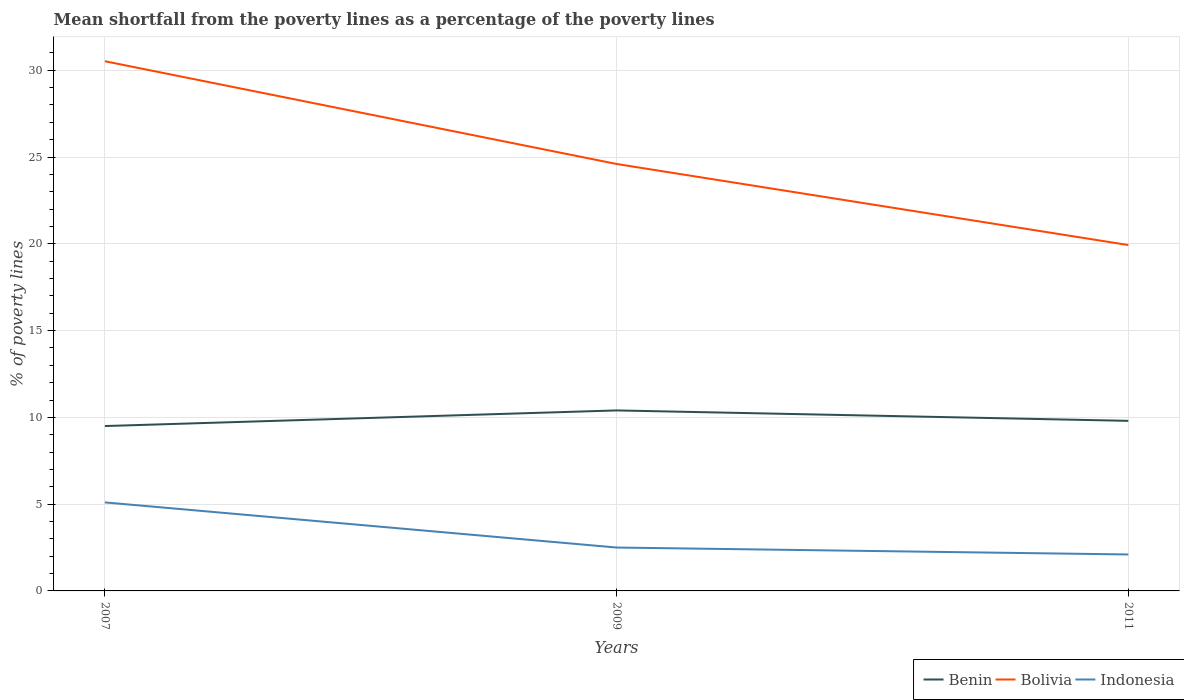
| Years | Benin | Bolivia | Indonesia |
 | --- | --- | --- | --- |
 | 2007 | 9.5 | 30.5 | 5.1 |
 | 2009 | 10.4 | 24.6 | 2.5 |
 | 2011 | 9.8 | 19.9 | 2.1 |